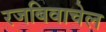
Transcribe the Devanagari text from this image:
रजबिवाचेल